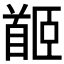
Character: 𩠛